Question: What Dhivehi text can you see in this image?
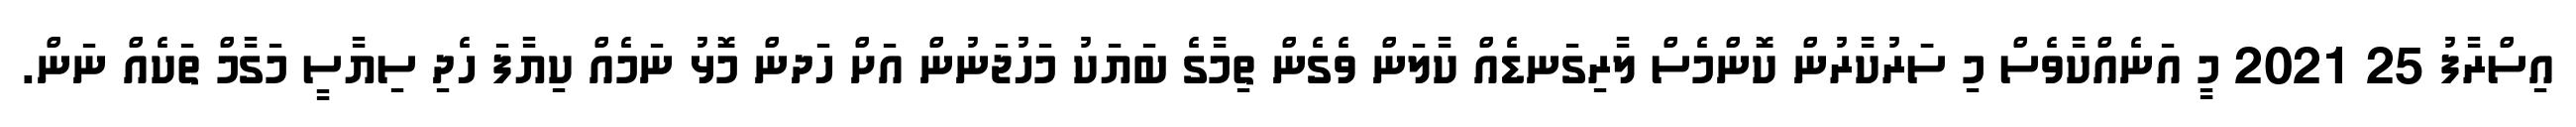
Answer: އިސްރާފު 25 2021 މީ އަނެއްކާވެސް މި ސަަރުކާރުން ކޮންމެސް ލާރިގަނޑެއް ކާލަން ވެގެން ތިމާގެ ބަޔަކު މަހުޖަނުން އަށް ހަދން މޮޅު ނަމެއް ކިޔާފަ ހެދި ސިޔާސީ މަގާމް ތަކެއް ނަން.